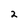
Character: 2